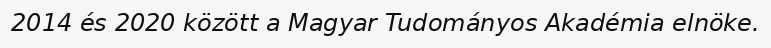
2014 és 2020 között a Magyar Tudományos Akadémia elnöke.